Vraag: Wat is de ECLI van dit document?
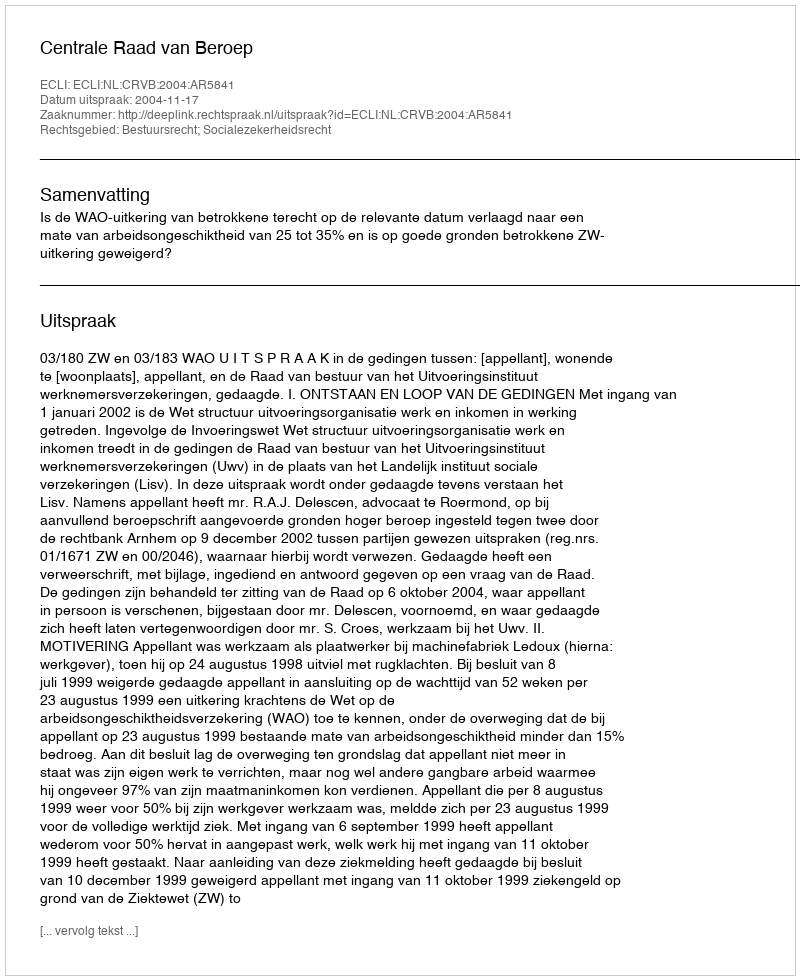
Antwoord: ECLI:NL:CRVB:2004:AR5841